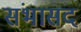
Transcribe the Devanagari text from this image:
संभासद